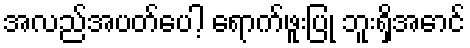
အလည်အပတ်ပေါ့ ရောက်ဖူးပြု ဘူးရှိအောင်